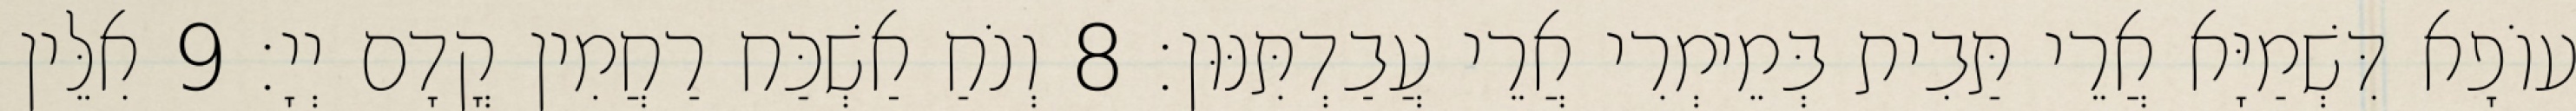
עוֹפָא דִּשְׁמַיָּא אֲרֵי תַּבִית בְּמֵימְרִי אֲרֵי עֲבַדְתִּנּוּן׃ 8 וְנֹחַ אַשְׁכַּח רַחֲמִין קֳדָם יְיָ׃ 9 אִלֵּין